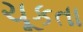
ચૂકતા